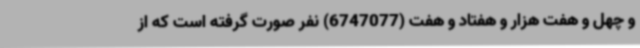
و چهل و هفت هزار و هفتاد و هفت (6747077) نفر صورت گرفته است که از